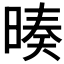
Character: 𣉅